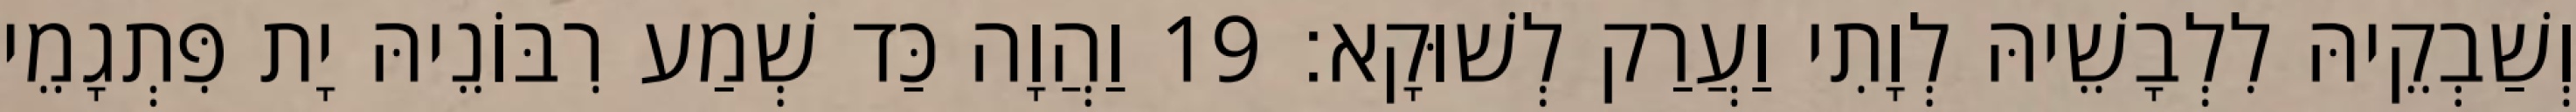
וְשַׁבְקֵיהּ לִלְבָשֵׁיהּ לְוָתִי וַעֲרַק לְשׁוּקָא׃ 19 וַהֲוָה כַּד שְׁמַע רִבּוֹנֵיהּ יָת פִּתְגָמֵי